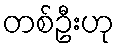
တစ်ဦးဟု